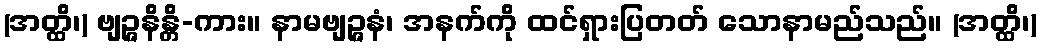
(အတ္ထိ၊) ဗျဉ္ဇနိန္တိ-ကား။ နာမဗျဉ္ဇနံ၊ အနက်ကို ထင်ရှားပြတတ် သောနာမည်သည်။ (အတ္ထိ၊)